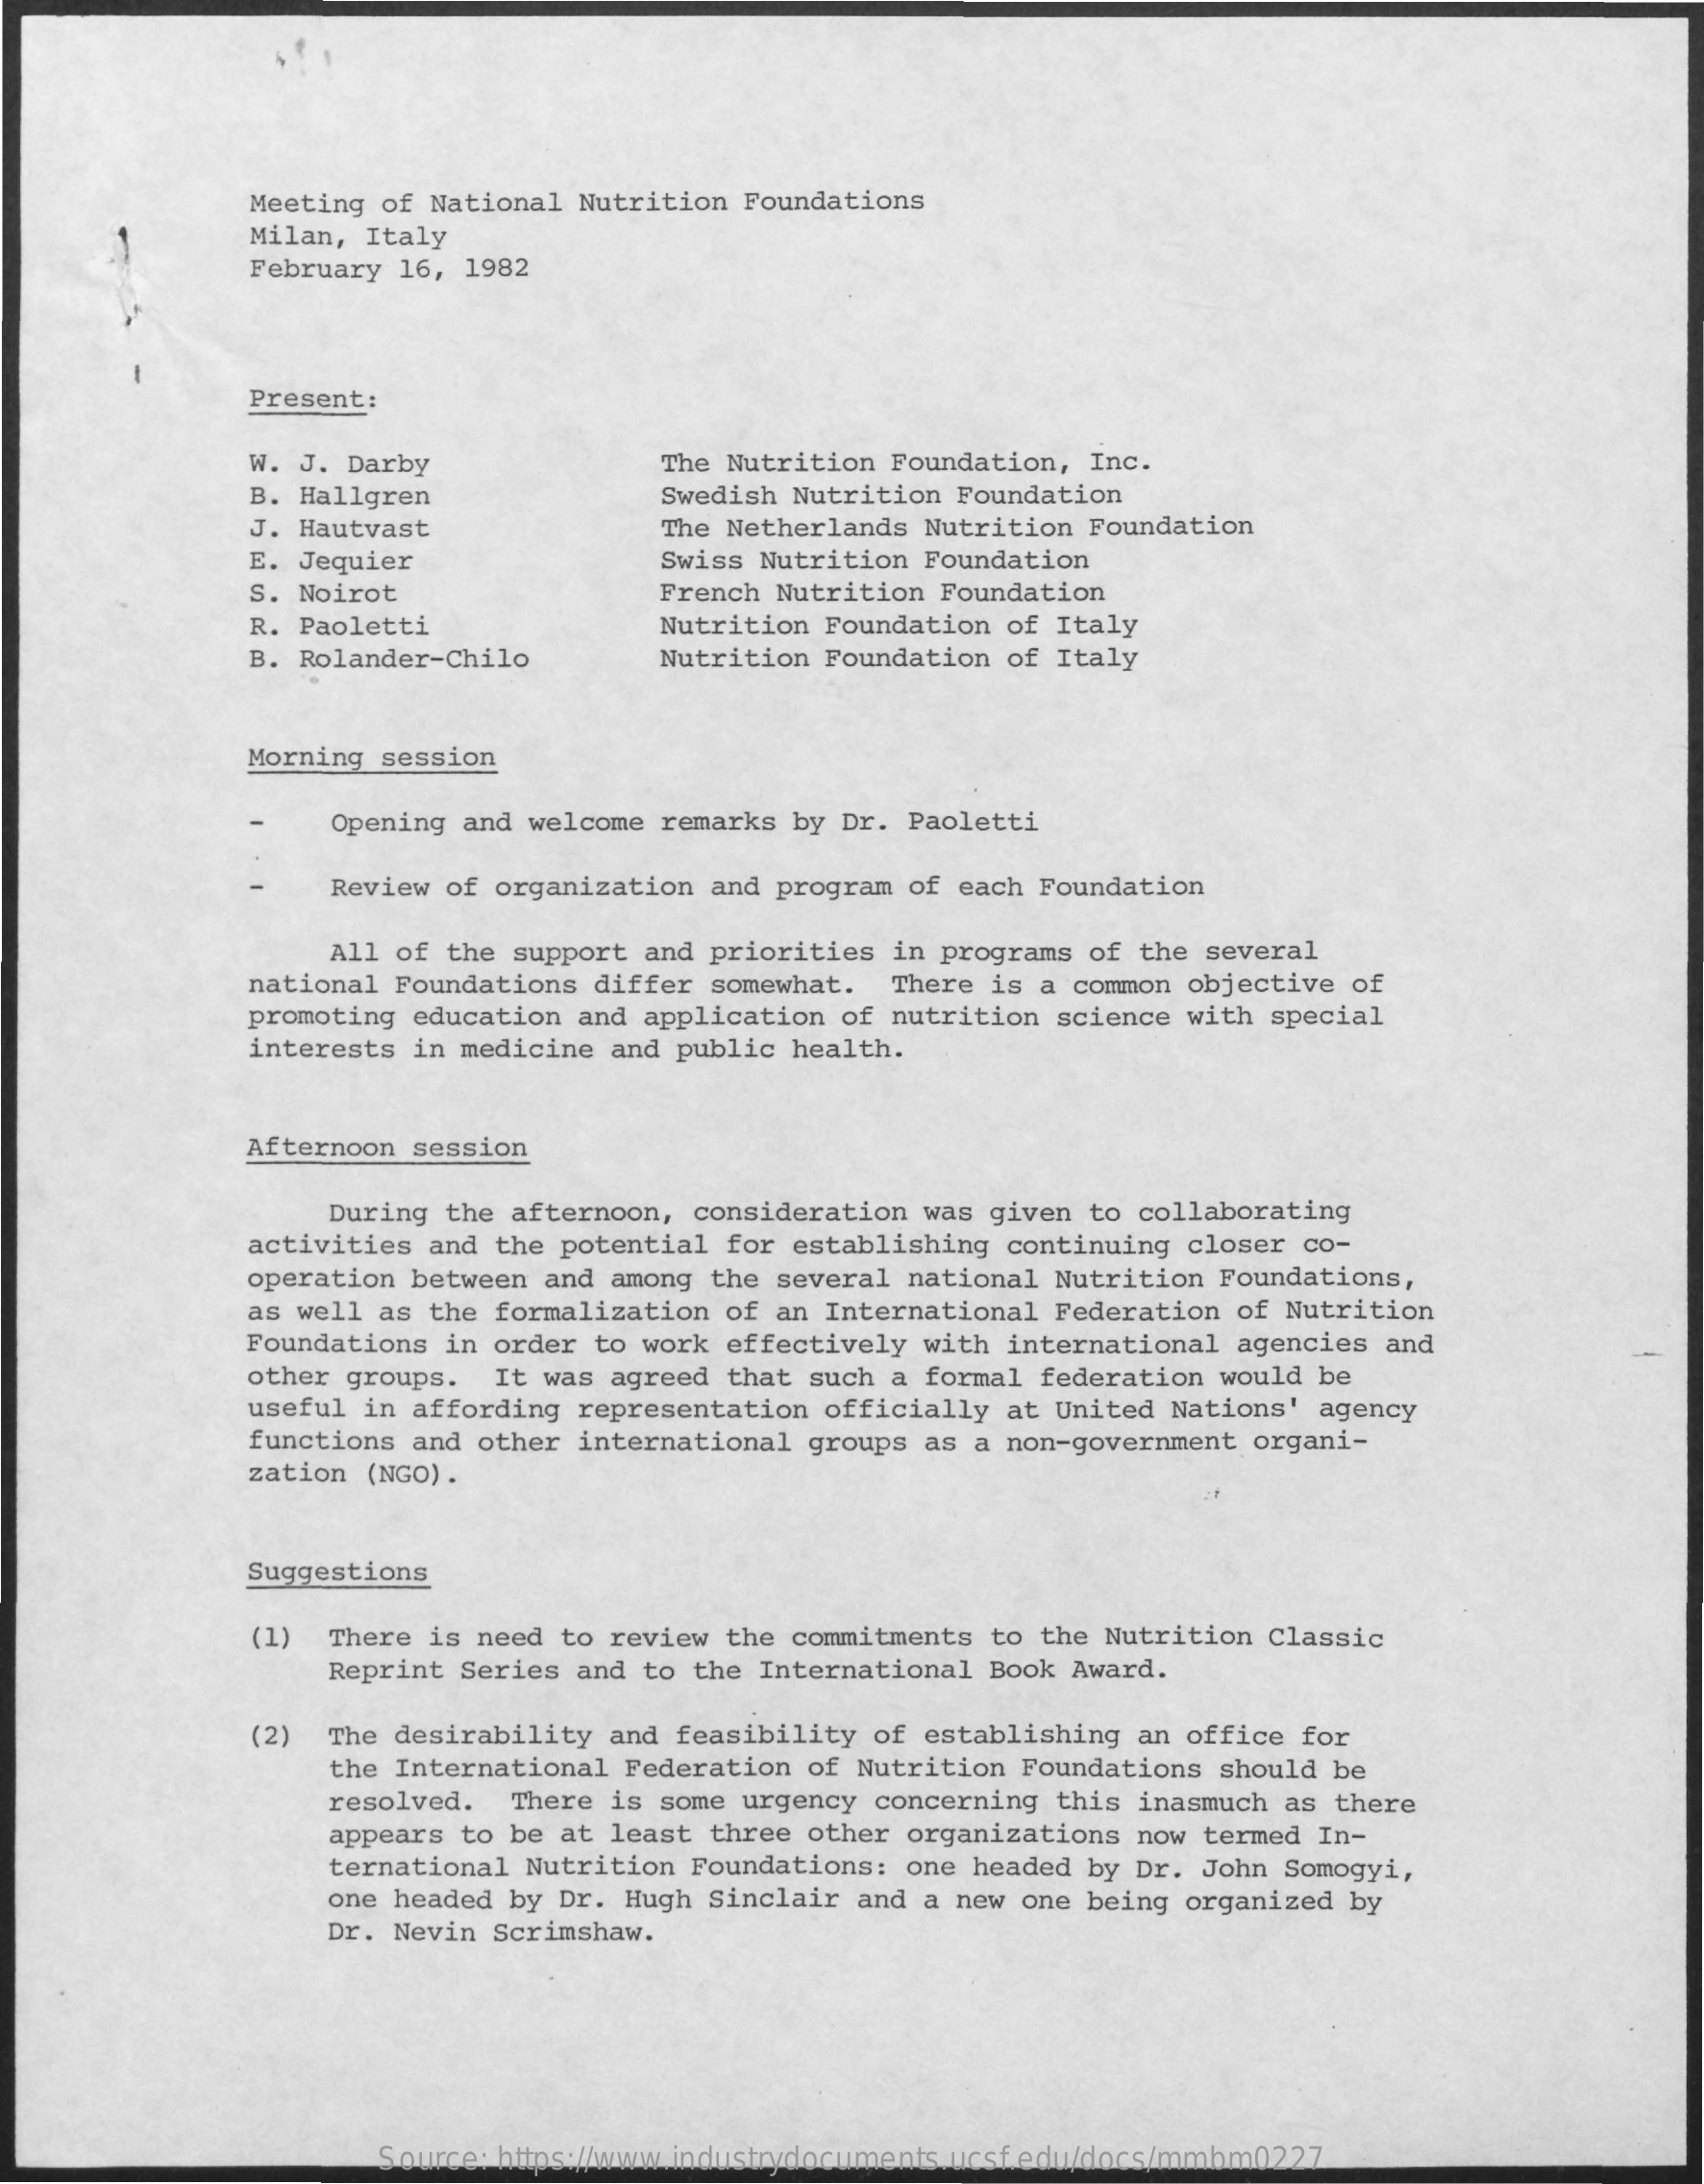
Meeting of National Nutrition Foundations
     Milan, Italy
     February 16, 1982
     Present:
     W. J. Darby    The Nutrition Foundation, Inc.
     B. Hallgren    Swedish Nutrition Foundation
     J. Hautvast    The Netherlands Nutrition Foundation
     E. Jequier    Swiss Nutrition Foundation
     S. Noirot    French Nutrition Foundation
     R. Paoletti    Nutrition Foundation of Italy
     B. Rolander-Chilo    Nutrition Foundation of Italy
     Morning session
     Opening and welcome remarks by Dr. Paoletti
     Review of organization and program of each Foundation
     All of the support and priorities in programs of the several
     national Foundations differ somewhat. There is a common objective of
     promoting education and application of nutrition science with special
     interests in medicine and public health.
     Afternoon session
     During the afternoon, consideration was given to collaborating
     activities and the potential for establishing continuing closer co-
     operation between and among the several national Nutrition Foundations,
     as well as the formalization of an International Federation of Nutrition
     Foundations in order to work effectively with international agencies and
     other groups. It was agreed that such a formal federation would be
     useful in affording representation officially at United Nations' agency
     functions and other international groups as a non-government organi-
     zation (NGO) .
     Suggestions
     (1) There is need to review the commitments to the Nutrition Classic
     Reprint Series and to the International Book Award.
     (2) The desirability and feasibility of establishing an office for
     the International Federation of Nutrition Foundations should be
     resolved. There is some urgency concerning this inasmuch as there
     appears to be at least three other organizations now termed In-
     ternational Nutrition Foundations: one headed by Dr. John Somogyi,
     one headed by Dr. Hugh Sinclair and a new one being organized by
     Dr. Nevin Scrimshaw.
     Source: https://www.industrydocuments.ucsf.edu/docs/mmbm0227